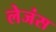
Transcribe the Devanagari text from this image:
लेजंस